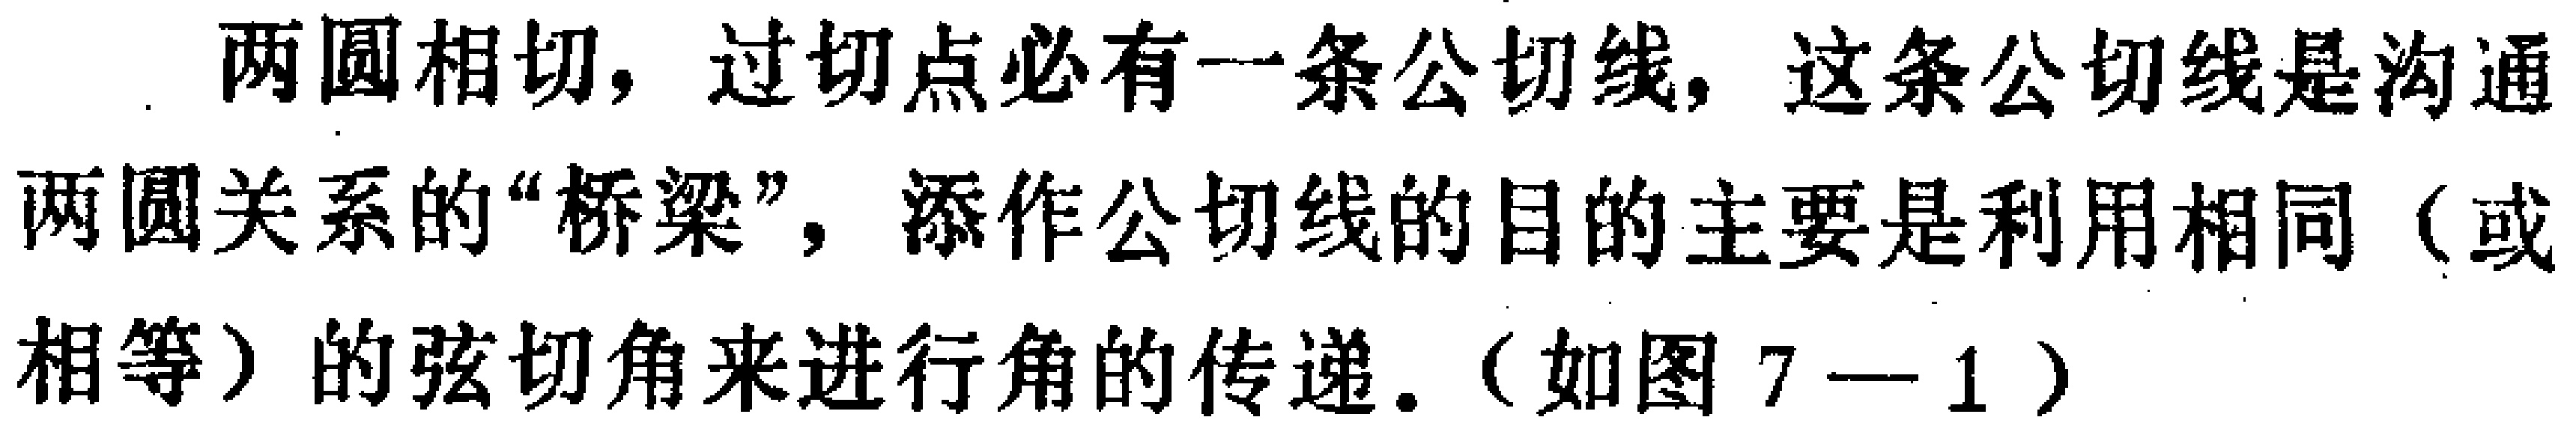
两圆相切，过切点必有一条公切线，这条公切线是沟通两圆关系的“桥梁”，添作公切线的目的主要是利用相同（或相等）的弦切角来进行角的传递.（如图7—1）